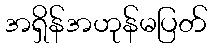
အရှိန်အဟုန်မပြတ်